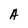
Character: A